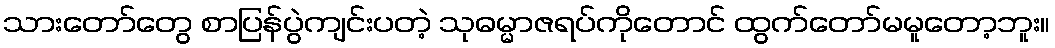
သားတော်တွေ စာပြန်ပွဲကျင်းပတဲ့ သုဓမ္မာဇရပ်ကိုတောင် ထွက်တော်မမူတော့ဘူး။